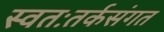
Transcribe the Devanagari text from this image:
स्वतःतर्कसंगत